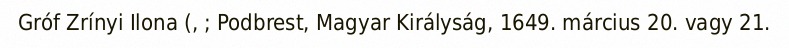
Gróf Zrínyi Ilona (, ; Podbrest, Magyar Királyság, 1649. március 20. vagy 21.